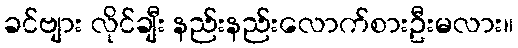
ခင်ဗျား လိုင်ချီး နည်းနည်းလောက်စားဦးမလား။